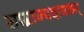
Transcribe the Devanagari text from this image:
साम्राज्यदायकम्